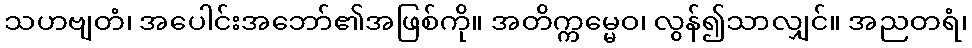
သဟဗျတံ၊ အပေါင်းအဘော်၏အဖြစ်ကို။ အတိက္ကမ္မေဝ၊ လွန်၍သာလျှင်။ အညတရံ၊